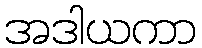
အဒါယကာ